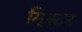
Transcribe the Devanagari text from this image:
मि्स्टर